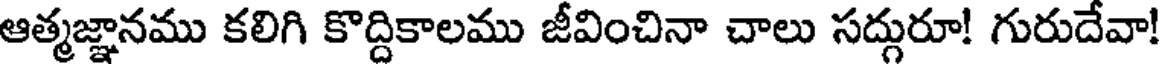
ఆత్మజ్ఞానము కలిగి కొద్దికాలము జీవించినా చాలు సద్గురూ! గురుదేవా!